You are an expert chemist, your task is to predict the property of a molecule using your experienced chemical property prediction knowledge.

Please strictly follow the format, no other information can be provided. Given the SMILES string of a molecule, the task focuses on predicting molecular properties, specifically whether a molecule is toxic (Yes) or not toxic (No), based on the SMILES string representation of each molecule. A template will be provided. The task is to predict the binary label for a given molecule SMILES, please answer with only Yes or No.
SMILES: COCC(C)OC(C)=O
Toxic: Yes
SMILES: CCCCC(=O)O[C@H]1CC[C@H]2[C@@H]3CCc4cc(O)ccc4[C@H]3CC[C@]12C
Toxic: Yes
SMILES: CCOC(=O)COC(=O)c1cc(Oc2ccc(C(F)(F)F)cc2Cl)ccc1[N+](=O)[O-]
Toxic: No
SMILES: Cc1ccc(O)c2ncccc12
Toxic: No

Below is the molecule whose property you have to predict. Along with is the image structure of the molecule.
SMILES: CO[C@@]1(NC(=O)Cc2cccs2)C(=O)N2C(C(=O)[O-])=C(COC(N)=O)CS[C@@H]21
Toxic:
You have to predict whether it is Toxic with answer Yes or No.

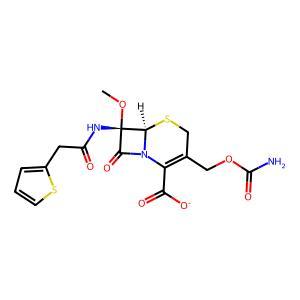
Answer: No